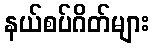
နယ်စပ်ဂိတ်များ